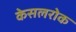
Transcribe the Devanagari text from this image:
केसलरोक